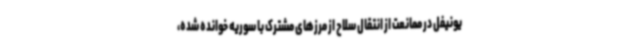
یونیفل در ممانعت از انتقال سلاح از مرزهای مشترک با سوریه خوانده شده،